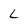
Character: L